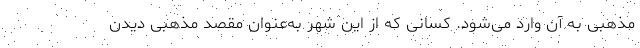
مذهبی به آن وارد می‌شود. کسانی که از این شهر به‌عنوان مقصد مذهبی دیدن